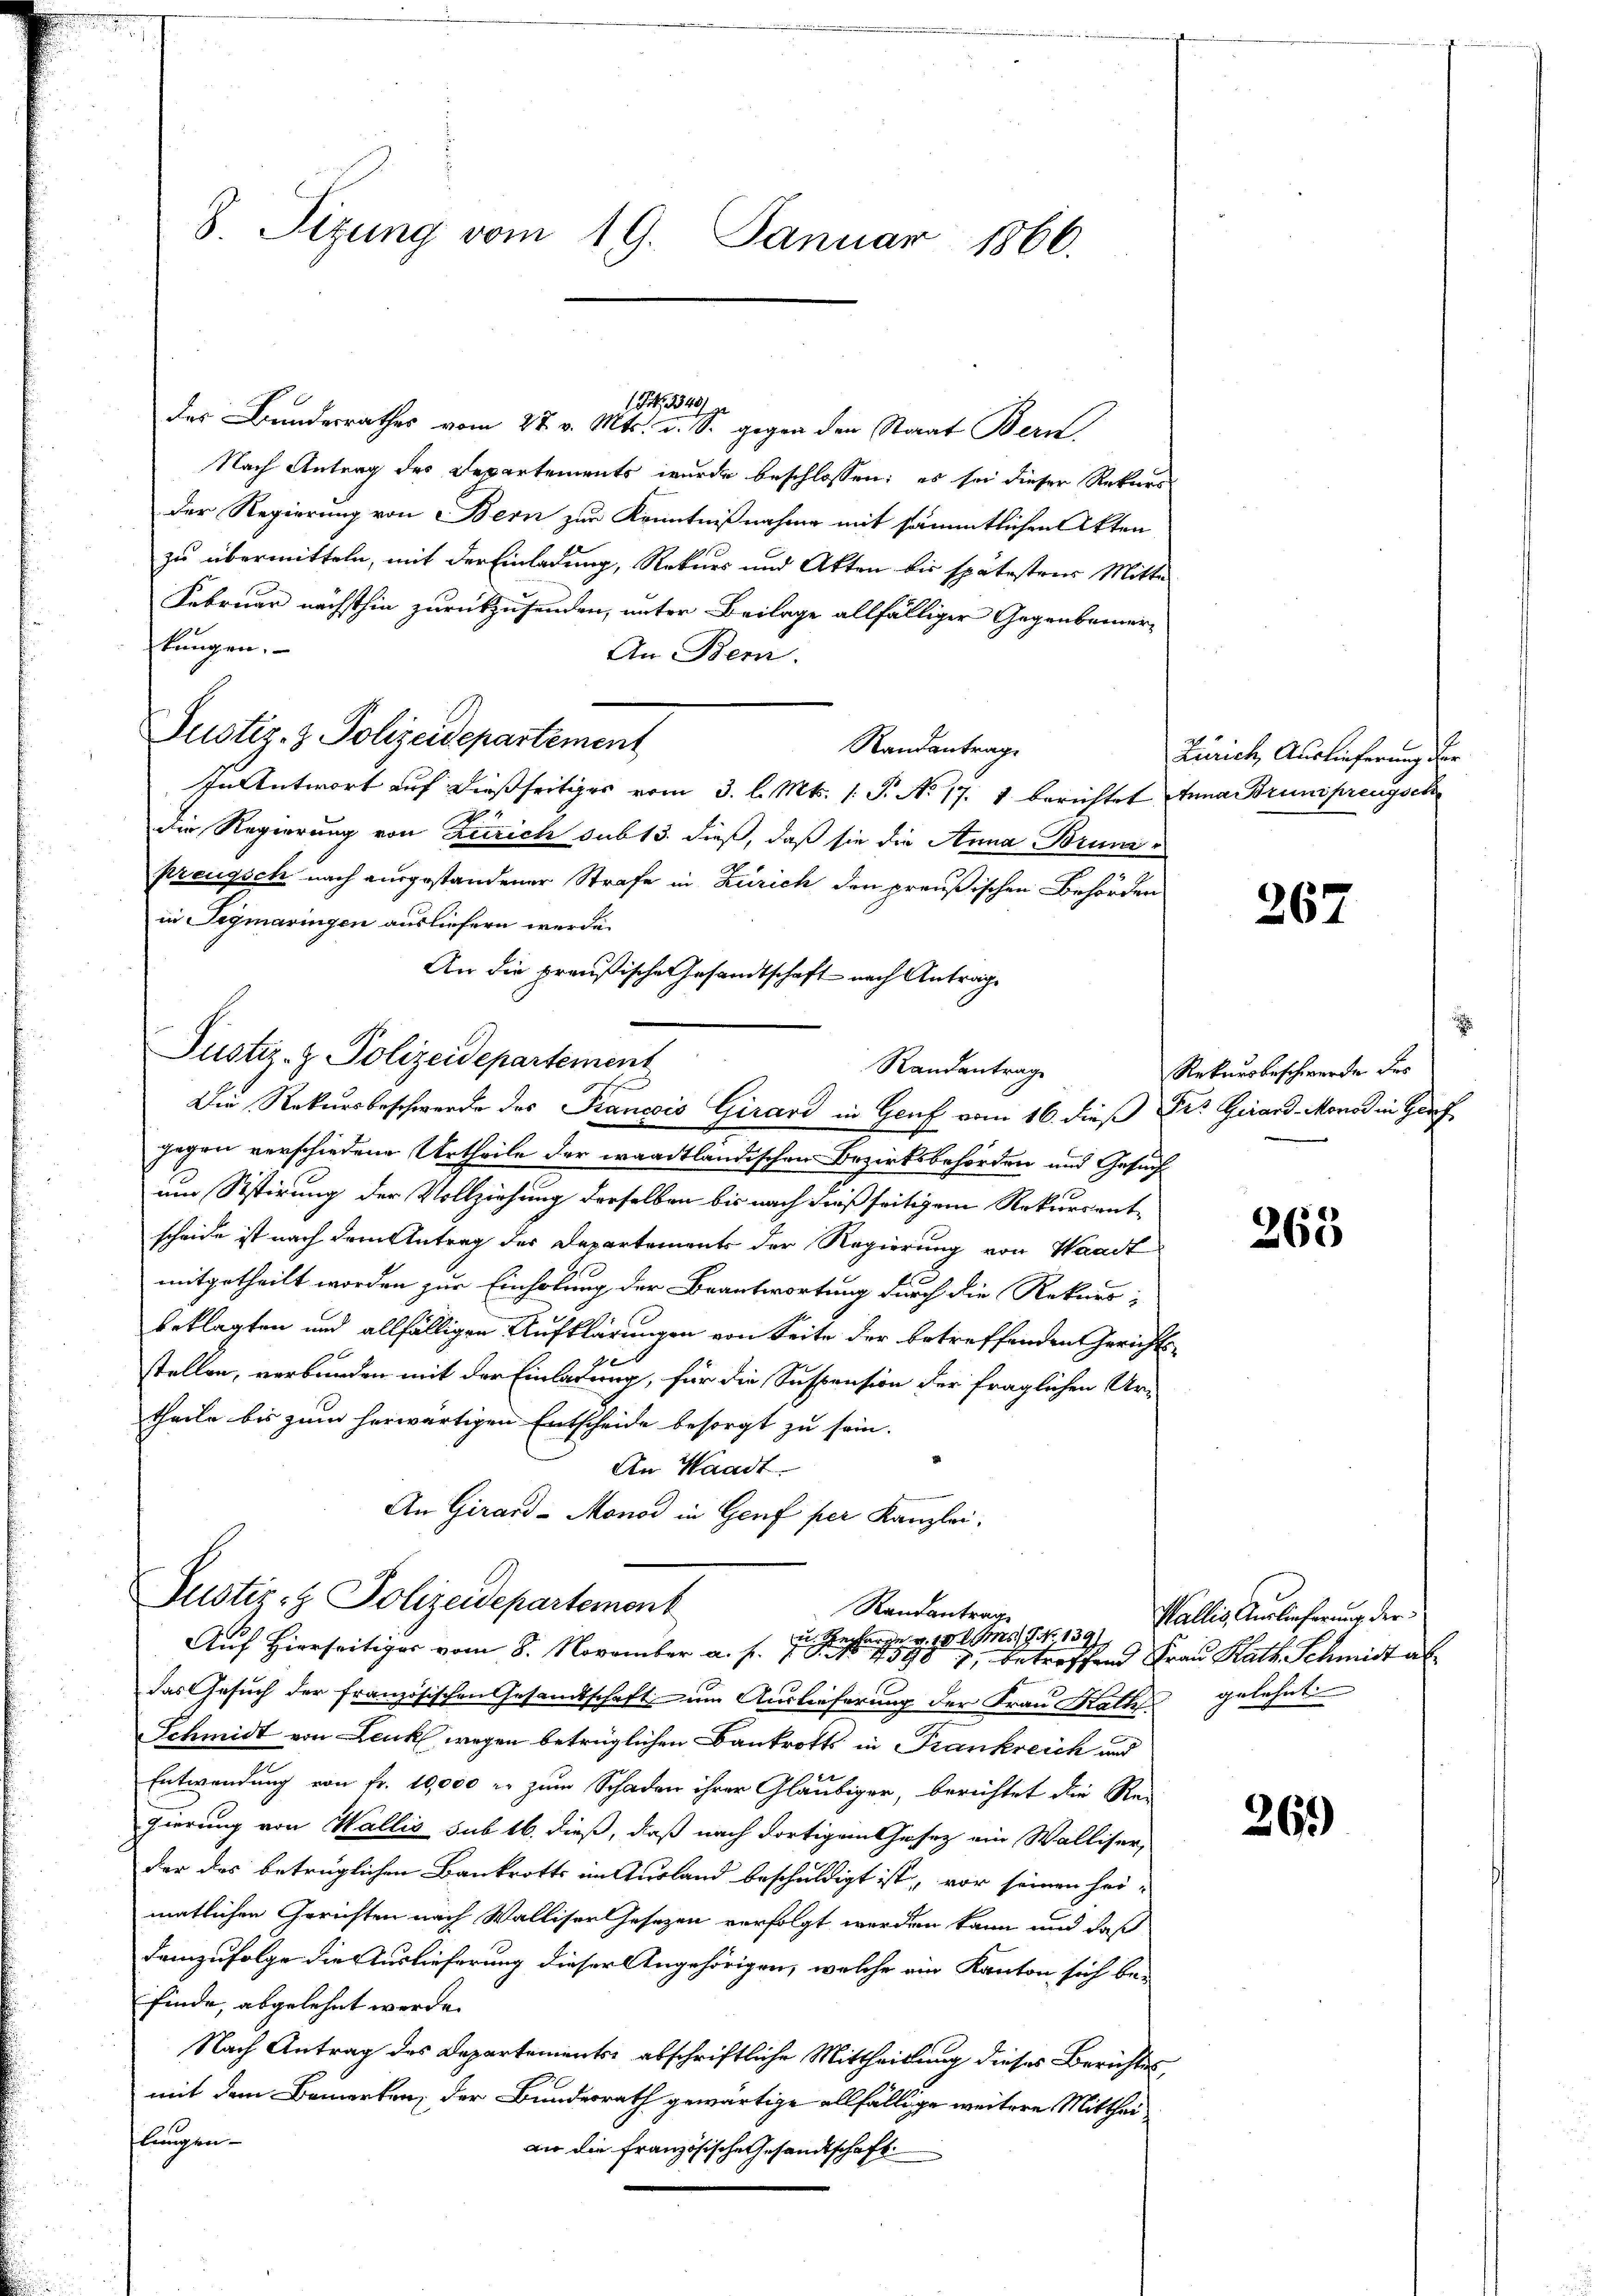
8. Sitzung vom 19. Januar 1866.

1 S. 3340) ge
des Bundesrathes vom 27. v. Mts. u. S. gegen den Staat Bern,
Nach Antrag des Departements wurde beschlossen: es sei dieser Rekurs
der Regierung von Bern zur Kenntnißnahme mit sämmtlichen Akten
zu übermitteln, mit der Einladung, Rekurs und Akten bis spätestens Mitte
Februar nächsthin zurückzusenden, unter Beilage allfälliger Gegenbemerkungen.
An Bern.
Justiz- & Polizeidepartement
Randantrag
In Antwort auf dießseitiges vom 3. l. Mts. 1 S. No 17. 1. berichtet Anna Brunsprengsch
die Regierung von Zürich sub 13. dieß, daß sie die Anna Brunpreugsch nach ausgestandener Strafe in Zürich den preußischen Behörden
in Sigmaringen ausliefern werde.
An die preußische Gesandtschaft nach Antrage
gegen verschiedene Urtheile der waadtländischen Bezirksbehörden und Gesuchum Sistirung der Vollziehung derselben bis nach dießseitigem Rekursent-
scheide ist nach dem Antrag der Departements der Regierung von Waadt
mitgetheilt worden zur Einholung der Beantwortung durch die Rekurs-
beklagten und allfälligen Aufklärungen von Seite der betreffenden Gerichtsstellen, verbunden mit der Einladung, für die Suspension der fraglichen Ur-
theile bis zum herwärtigen Entscheide besorgt zu sein.
An Waadt.
An Girard-Monod in Genf per Kanzlei.
Justiz- & Polizeidepartement
Rautantrage

 No. 139
Speare
Auf Hierseitig vom 8. November a. f. 759 betreffend Frau Kath. Schmidt al
das Gesuch der französischen Gesandtschaft um Auslieferung der Frau Kathe gelehnt
Schmidt von Leuk wegen betrüglichen Bankrotts in Frankreich und
Entwendung von fr. 10,000 r. zum Schaden ihrer Gläubiger, berichtet die Re-
gierung von Wallis sub 16, dieß, daß nach dortigem Gesetz ein Walliser,
der das betrüglichen Bankrotts im Ausland beschuldigt ist, vor seinen hei-
matlichen Gerichten nach Walliserlesezen verfolgt worden kann und daß
demzufolge die Auslieferung dieser Angehörigen, welche ein Kanton sich be-
finde, abgelehnt werde.
Nach Antrag des Departements abschriftliche Mittheilung dieses Berichtes,
mit dem Bemerken, der Bundesrath gewärtige allfällige weitere Mittheiflungen.
an die französische Gesandtschaft

Justiz- & Polizeidepartement
Randantrag
Die Rekursbeschwerde des Francois Girard in Genf vom 16. dieß Dr. Girard-Mono in Gef

Zürich Auslieferung der

267

.
Rekursbeschwerde des

263

Wallis Auslieferung der

260